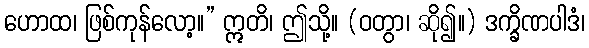
ဟောထ၊ ဖြစ်ကုန်လော့။” ဣတိ၊ ဤသို့။ (ဝတွာ၊ ဆို၍။) ဒက္ခိဏပါဒံ၊